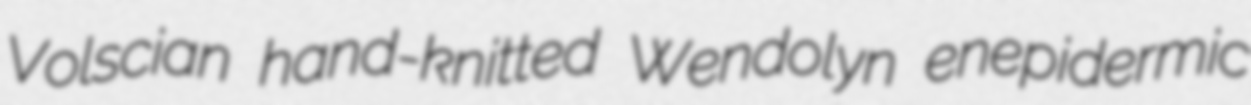
Volscian hand-knitted Wendolyn enepidermic